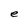
Character: e